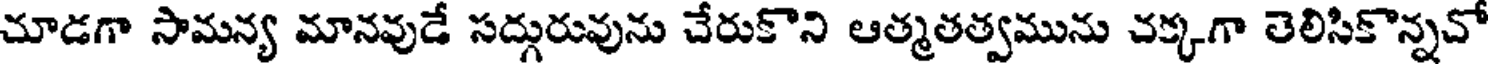
చూడగా సామన్య మానవుడే సద్గురువును చేరుకొని ఆత్మతత్వమును చక్కగా తెలిసికొన్నచో